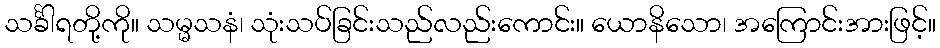
သင်္ခါရတို့ကို။ သမ္မသနံ၊ သုံးသပ်ခြင်းသည်လည်းကောင်း။ ယောနိသော၊ အကြောင်းအားဖြင့်။